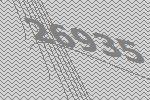
26935